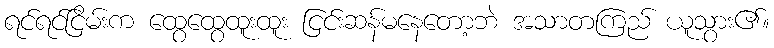
ရင်ရင်ငြိမ်းက ထွေထွေထူးထူး ငြင်းဆန်မနေတော့ဘဲ အသာတကြည် ယူသွား၏။